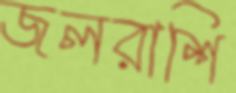
জলরাশি